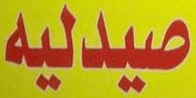
صيدليه